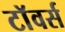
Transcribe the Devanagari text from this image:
टाॅवर्स